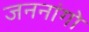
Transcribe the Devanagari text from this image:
जननांगो